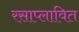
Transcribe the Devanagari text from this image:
रसाप्लावित